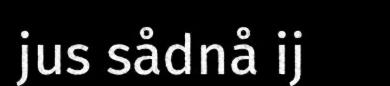
jus sådnå ij